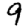
Digit: 9